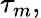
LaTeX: \tau_{m},